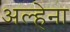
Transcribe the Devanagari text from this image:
अल्हेना